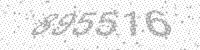
Solution: 895516